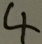
4